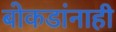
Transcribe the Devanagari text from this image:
बोकडांनाही